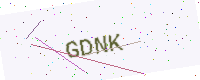
Text: GDNK